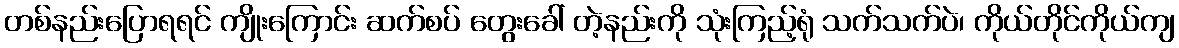
တစ်နည်းပြောရရင် ကျိုးကြောင်း ဆက်စပ် တွေးခေါ် တဲ့နည်းကို သုံးကြည့်ရုံ သက်သက်ပဲ၊ ကိုယ်တိုင်ကိုယ်ကျ